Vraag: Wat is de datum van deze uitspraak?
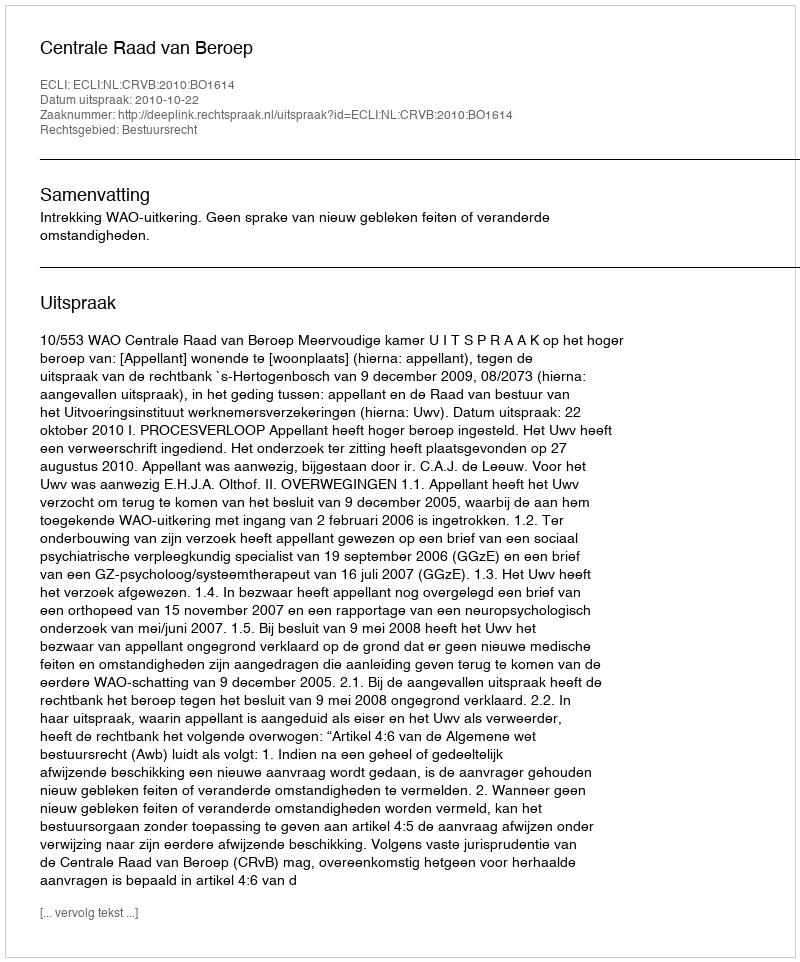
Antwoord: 2010-10-22